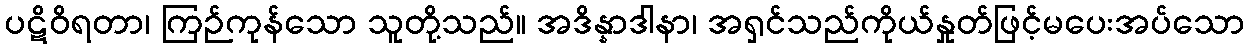
ပဋိဝိရတာ၊ ကြဉ်ကုန်သော သူတို့သည်။ အဒိန္နာဒါနာ၊ အရှင်သည်ကိုယ်နှုတ်ဖြင့်မပေးအပ်သော